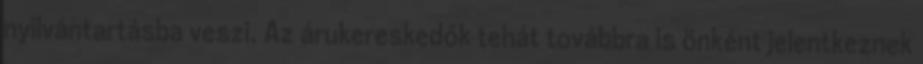
nyilvántartásba veszi. Az árukereskedők tehát továbbra is önként jelentkeznek